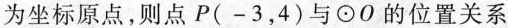
为坐标原点，则点P(-3，4)与\odot O的位置关系